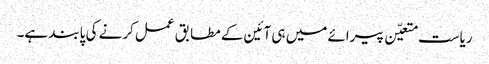
ریاست متعیّن پیرائے میں ہی آئین کے مطابق عمل کرنے کی پابند ہے۔